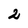
Character: 2